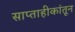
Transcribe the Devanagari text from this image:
साप्ताहीकांतून